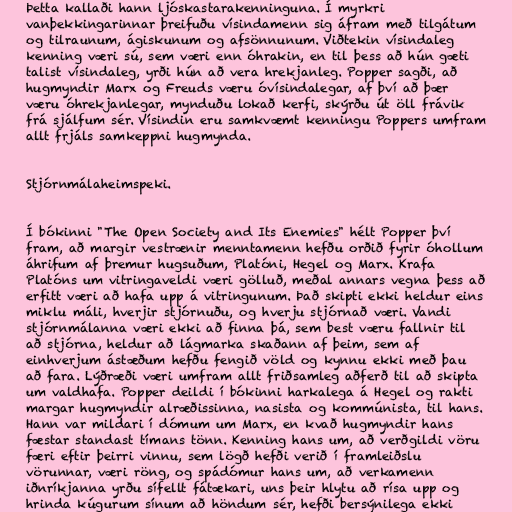
Þetta kallaði hann ljóskastarakenninguna. Í myrkri
vanþekkingarinnar þreifuðu vísindamenn sig áfram með tilgátum
og tilraunum, ágiskunum og afsönnunum. Viðtekin vísindaleg
kenning væri sú, sem væri enn óhrakin, en til þess að hún gæti
talist vísindaleg, yrði hún að vera hrekjanleg. Popper sagði, að
hugmyndir Marx og Freuds væru óvísindalegar, af því að þær
væru óhrekjanlegar, mynduðu lokað kerfi, skýrðu út öll frávik
frá sjálfum sér. Vísindin eru samkvæmt kenningu Poppers umfram
allt frjáls samkeppni hugmynda.

Stjórnmálaheimspeki.

Í bókinni "The Open Society and Its Enemies" hélt Popper því
fram, að margir vestrænir menntamenn hefðu orðið fyrir óhollum
áhrifum af þremur hugsuðum, Platóni, Hegel og Marx. Krafa
Platóns um vitringaveldi væri gölluð, meðal annars vegna þess að
erfitt væri að hafa upp á vitringunum. Það skipti ekki heldur eins
miklu máli, hverjir stjórnuðu, og hverju stjórnað væri. Vandi
stjórnmálanna væri ekki að finna þá, sem best væru fallnir til
að stjórna, heldur að lágmarka skaðann af þeim, sem af
einhverjum ástæðum hefðu fengið völd og kynnu ekki með þau
að fara. Lýðræði væri umfram allt friðsamleg aðferð til að skipta
um valdhafa. Popper deildi í bókinni harkalega á Hegel og rakti
margar hugmyndir alræðissinna, nasista og kommúnista, til hans.
Hann var mildari í dómum um Marx, en kvað hugmyndir hans
fæstar standast tímans tönn. Kenning hans um, að verðgildi vöru
færi eftir þeirri vinnu, sem lögð hefði verið í framleiðslu
vörunnar, væri röng, og spádómur hans um, að verkamenn
iðnríkjanna yrðu sífellt fátækari, uns þeir hlytu að rísa upp og
hrinda kúgurum sínum að höndum sér, hefði bersýnilega ekki